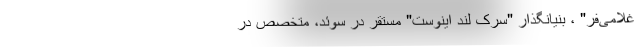
غلامی‌فر" ، بنیانگذار "سِرک لند اینوِست" مستقر در سوئد، متخصص در